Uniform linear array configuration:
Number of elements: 64
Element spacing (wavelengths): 1
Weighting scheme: exponential
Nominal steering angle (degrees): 0
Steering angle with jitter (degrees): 1.646
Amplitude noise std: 0.05
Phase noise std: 0.05

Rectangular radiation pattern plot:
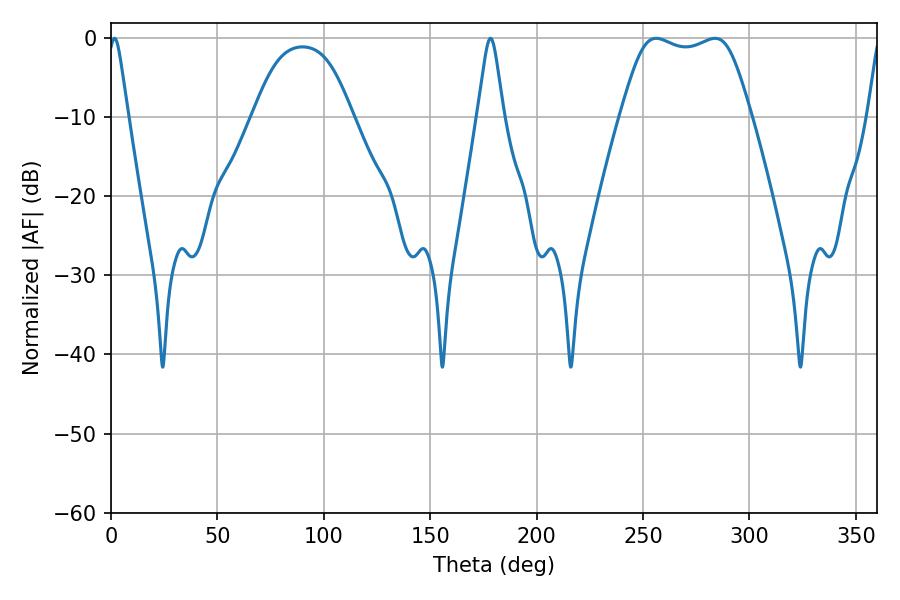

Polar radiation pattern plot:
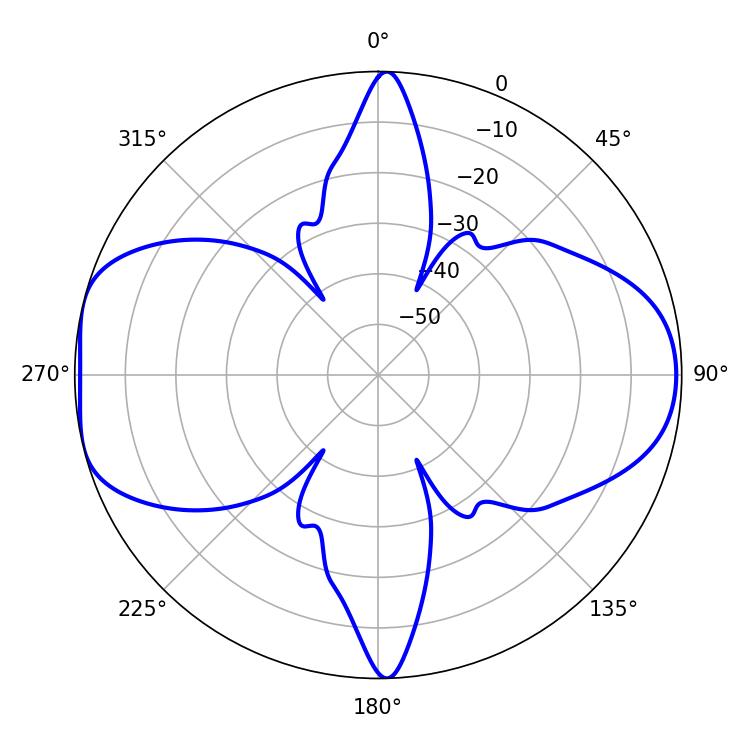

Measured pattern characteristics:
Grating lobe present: TRUE
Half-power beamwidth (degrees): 46.08
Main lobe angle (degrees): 256.14